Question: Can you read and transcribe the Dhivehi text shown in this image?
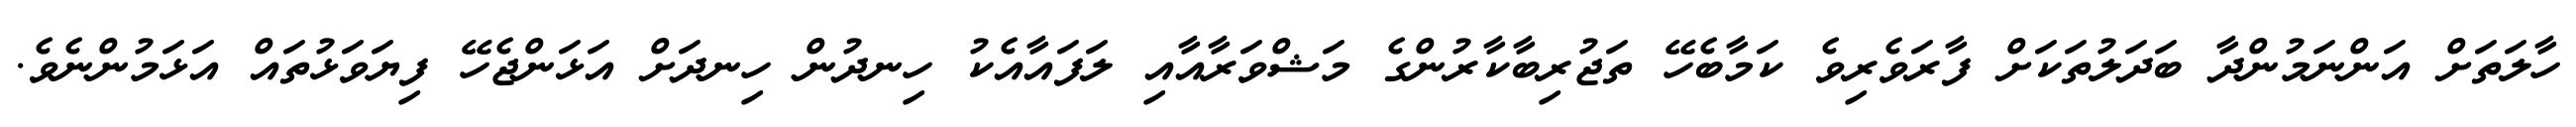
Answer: ހާލަތަށް އަންނަމުންދާ ބަދަލުތަކަށް ފާރަވެރިވެ ކަމާބެހޭ ތަޖުރިބާކާރުންގެ މަޝްވަރާއާއި ލަފައާއެކު ހިނދުން ހިނދަށް އަޅަންޖެހޭ ފިޔަވަޅުތައް އަޅަމުންނެވެ.